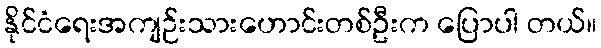
နိုင်ငံရေးအကျဉ်းသားဟောင်းတစ်ဦးက ပြောပါ တယ်။